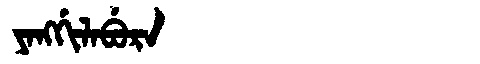
Manchu: ᠶᠠᠩᡤᡳᠯᠠᠪᡠᡵᠠ
Romanization: YANGGILABURA